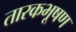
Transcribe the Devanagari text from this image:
तारकभूषण